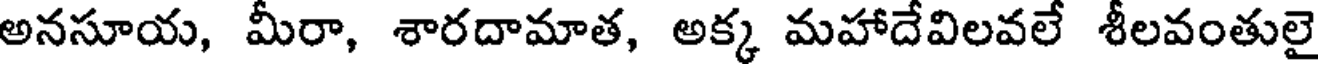
అనసూయ, మీరా, శారదామాత, అక్క మహాదేవిలవలే శీలవంతులై